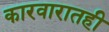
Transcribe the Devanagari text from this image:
कारवारातही